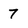
Character: 7